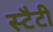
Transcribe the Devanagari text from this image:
स्टैटी